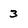
Character: 3